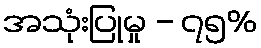
အသုံးပြုမှု - ၇၅%